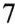
7